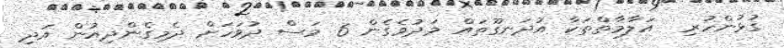
ގުޅުންހުރި  އަލާމާތްތަކާ އުދަނގޫތައް މަދުވެގެން 6 މަސް ދުވަހަށް ދެމިގެންދިއުން އަދި